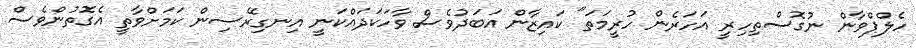
ހެލްޕްވާން ނުގޮސްތިހިރީ އަހަރެން ހުރީމަތަ" ކައިޒާން އަބަދުވެސް ވާހަކަދައްކަނީ އިނގިރޭސިން ކަމަށްވާތީ އެގޮތުންވެސް